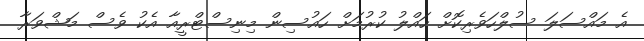
އެ މައްސަލަ ސުލްހަވެރިކޮށް ހައްލު ކުރުމަށް ހައުސިން މިނިސްޓްރީއާ އެކު ވެސް މަޝްވަރާ